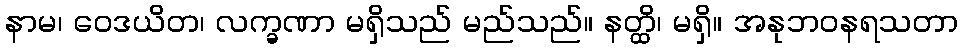
နာမ၊ ဝေဒယိတ၊ လက္ခဏာ မရှိသည် မည်သည်။ နတ္ထိ၊ မရှိ။ အနုဘဝနရသတာ